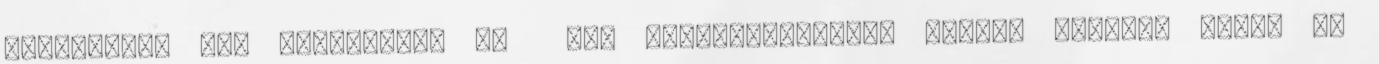
forgalomba nem helyezhető on off klímaberendezés Minden esetben kérje el